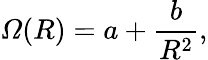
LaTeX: {{\mathit\Omega}}(R)=a+{\frac{b}{R^{2}}},